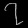
Digit: ၇